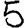
Digit: 5